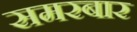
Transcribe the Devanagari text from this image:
समरबार